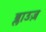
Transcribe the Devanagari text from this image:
ब्लाउज़